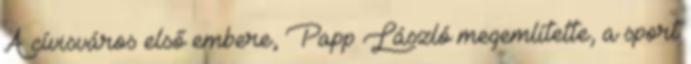
A cívisváros első embere, Papp László megemlítette, a sport